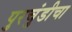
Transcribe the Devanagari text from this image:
पुरचुंडीचा